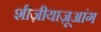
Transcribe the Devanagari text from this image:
शीज़ीयाज़ूआंग